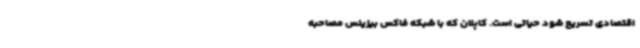
اقتصادی تسریع شود حیاتی است. کاپلان که با شبکه فاکس بیزینس مصاحبه